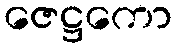
ဇေဋ္ဌကော